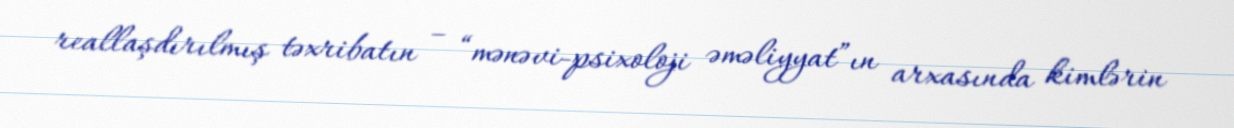
reallaşdırılmış təxribatın – “mənəvi-psixoloji əməliyyat”ın arxasında kimlərin